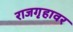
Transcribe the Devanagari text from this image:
राजगृहावर